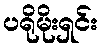
ပရိုမိုးရှင်း